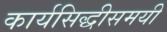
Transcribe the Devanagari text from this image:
कार्यसिद्धीसमयी